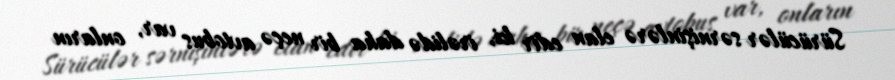
Sürücülər sərnişinlərə elan edir ki, irəlidə daha bir neçə avtobus var, onların